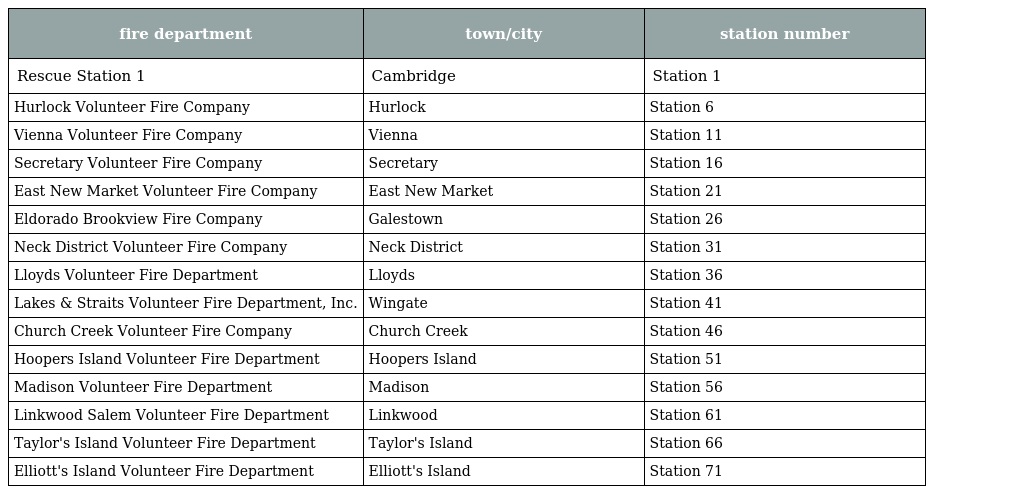
| fire department | town/city | station number |
 | --- | --- | --- |
 | Rescue Station 1 | Cambridge | Station 1 |
 | Hurlock Volunteer Fire Company | Hurlock | Station 6 |
 | Vienna Volunteer Fire Company | Vienna | Station 11 |
 | Secretary Volunteer Fire Company | Secretary | Station 16 |
 | East New Market Volunteer Fire Company | East New Market | Station 21 |
 | Eldorado Brookview Fire Company | Galestown | Station 26 |
 | Neck District Volunteer Fire Company | Neck District | Station 31 |
 | Lloyds Volunteer Fire Department | Lloyds | Station 36 |
 | Lakes & Straits Volunteer Fire Department, Inc. | Wingate | Station 41 |
 | Church Creek Volunteer Fire Company | Church Creek | Station 46 |
 | Hoopers Island Volunteer Fire Department | Hoopers Island | Station 51 |
 | Madison Volunteer Fire Department | Madison | Station 56 |
 | Linkwood Salem Volunteer Fire Department | Linkwood | Station 61 |
 | Taylor's Island Volunteer Fire Department | Taylor's Island | Station 66 |
 | Elliott's Island Volunteer Fire Department | Elliott's Island | Station 71 |